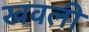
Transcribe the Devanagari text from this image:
खवली